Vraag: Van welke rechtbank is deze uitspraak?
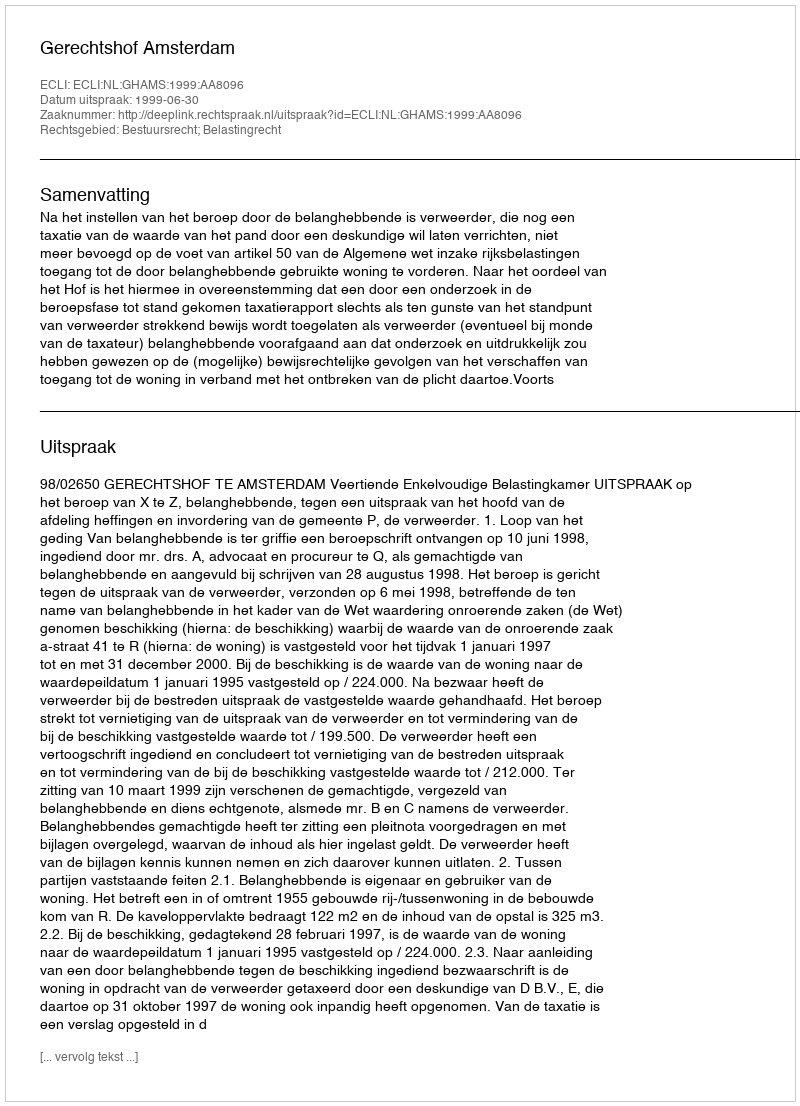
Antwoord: Gerechtshof Amsterdam